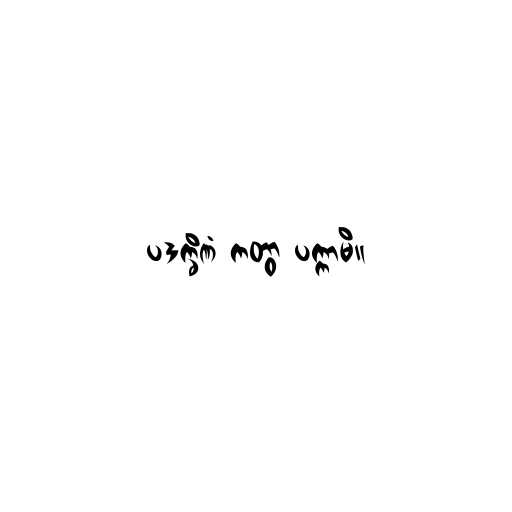
ပဒက္ခိဏံ ကတွာ ပက္ကာမိ။